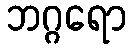
ဘဂ္ဂရော